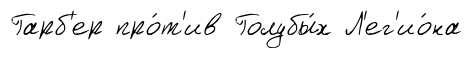
Гарб'ер про́т'ив Голубы́х Л'ег'ио́на